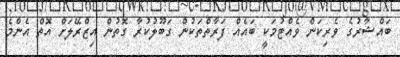
ބައްޝާރުގެ ވެރިކަން ވެއްޓުމަކީ ބައެއް ފަރާތްތަކުން ގަބޫލުކުރާ ގޮތުން އިޒްރޭލަށް އޮތް އެންމެ